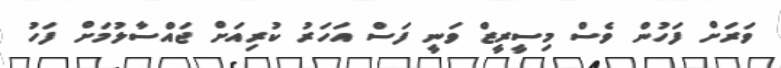
ވަރަށް ފަހުން ވެސް މިސީރީޒް ވަނީ ފަސް އަހަރު ކުރިއަށް ޖައްސާލުމަށް ފަހު